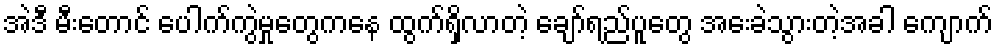
အဲဒီ မီးတောင် ပေါက်ကွဲမှုတွေကနေ ထွက်ရှိလာတဲ့ ချော်ရည်ပူတွေ အေးခဲသွားတဲ့အခါ ကျောက်